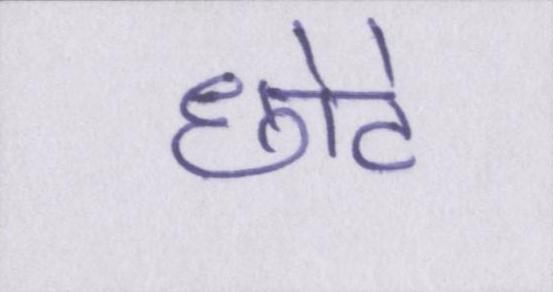
छोटे